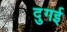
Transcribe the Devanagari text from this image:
दुगई